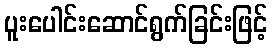
ပူးပေါင်းဆောင်ရွက်ခြင်းဖြင့်